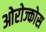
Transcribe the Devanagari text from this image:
ओरोज्कोस